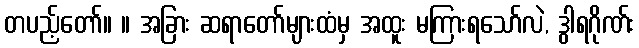
တပည့်တော်။ ။ အခြား ဆရာတော်များထံမှ အထူး မကြားရသော်လဲ, ဒွါရဂိုဏ်း